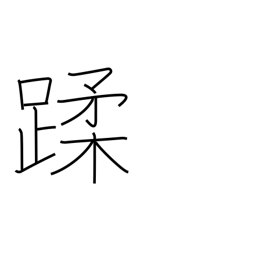
Meaning: step on